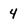
Character: 4